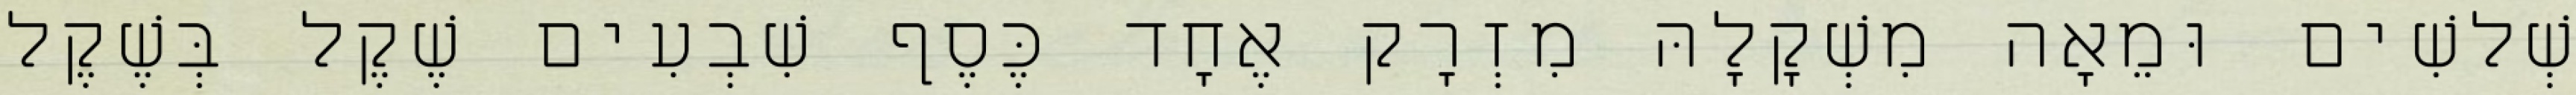
שְׁלשִׁים וּמֵאָה מִשְׁקָלָהּ מִזְרָק אֶחָד כֶּסֶף שִׁבְעִים שֶׁקֶל בְּשֶׁקֶל